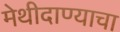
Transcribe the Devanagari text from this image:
मेथीदाण्याचा